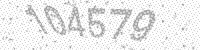
Solution: 104579